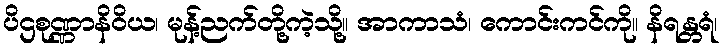
ပိဌစုဏ္ဏာနိဝိယ၊ မုန့်ညက်တို့ကဲ့သို့။ အာကာသံ၊ ကောင်းကင်ကို။ နိရန္တရံ၊